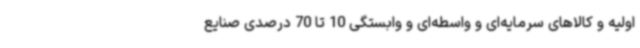
اولیه و کالاهای سرمایه‌ای و واسطه‌ای و وابستگی 10 تا 70 درصدی صنایع